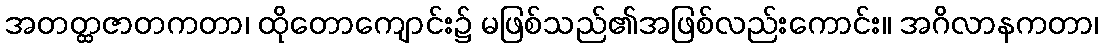
အတတ္ထဇာတကတာ၊ ထိုတောကျောင်း၌ မဖြစ်သည်၏အဖြစ်လည်းကောင်း။ အဂိလာနကတာ၊